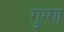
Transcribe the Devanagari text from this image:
गुग्गा